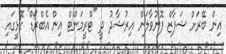
އިން ބޭރަށް ޝަފާޒް ފޮނުވާލަން އިރުޝާދު ދީ "ޓްރީމަންޓް އިން އެބްރޯޑް" ގޮޅީގައި